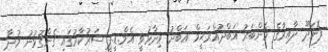
ފޮނަދޫ ދާއިރާގެ މެންބަރު އަބްދުއްރަޙީމް ޢަބްދު ވިދާޅުވީ އެމް.ޑީ.ޕީ ސަރުކާރުގައި ގެންގުޅުނު މުދާ